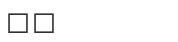
٦٣